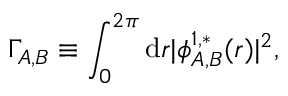
\Gamma _ { A , B } \equiv \int _ { 0 } ^ { 2 \pi } \mathrm { d } { r } \vert \phi _ { A , B } ^ { 1 , * } ( { r } ) \vert ^ { 2 } ,